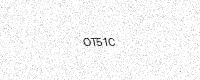
Text: OT51C